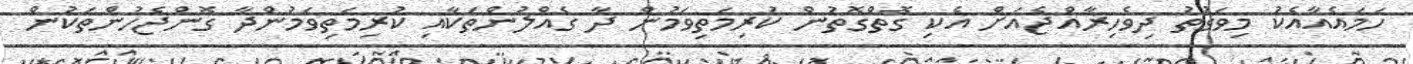
ހަމައެއާއެކު މިވަގުތު ދިވެހިރާއްޖެއަށް އެކި ގޮތްގޮތުން ކުރިމަތިވަމުން ދާ ގެއްލުންތަކާއި ކުރިމަތިވަމުންދާ ގޮންޖެހުންތަކުން